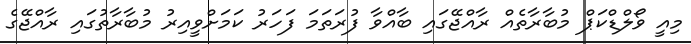
މިއީ ވޯލްޑްކަޕް މުބާރާތެއް ރާއްޖޭގައި ބާއްވާ ފުރަތަމަ ފަހަރު ކަމަށްވީއިރު މުބާރާތުގައި ރާއްޖޭގެ